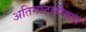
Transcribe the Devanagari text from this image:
अतिनाटकीयता